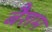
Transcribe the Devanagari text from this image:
बैशम